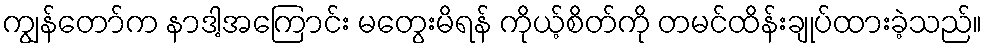
ကျွန်တော်က နာဒါ့အကြောင်း မတွေးမိရန် ကိုယ့်စိတ်ကို တမင်ထိန်းချုပ်ထားခဲ့သည်။